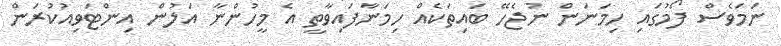
ނަމަވެސް ފޯމުގައި ހިމަނަން ނުޖެހޭ ބައިތަކެއް ހިމަނާފައިވާތީ އެ މީހުންނާ އަލުން އިންޓަވިއުކުރަން